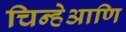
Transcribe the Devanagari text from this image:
चिन्हेआणि